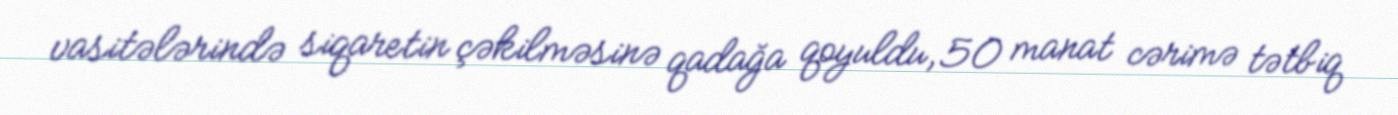
vasitələrində siqaretin çəkilməsinə qadağa qoyuldu, 50 manat cərimə tətbiq